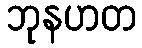
ဘုနဟတ